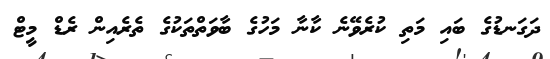
ދަގަނޑުގެ ބައި މަތި ކުރެވޭނެ ކާނާ މަހުގެ ބާވަތްތަކުގެ ތެރެއިން ރެޑް މީޓް